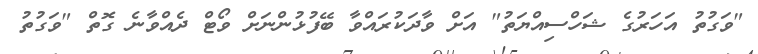
"ވަގުތު އަހަރުގެ ޝަހްސިއްޔަތު" އަށް ވާދަކުރައްވާ ބޭފުޅުންނަށް ވޯޓް ދެއްވާނެ ގޮތް "ވަގުތު